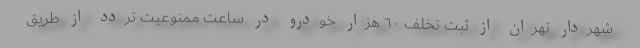
شهردار تهران از ثبت تخلف ٦٠ هزار خودرو در ساعت ممنوعیت تردد از طریق